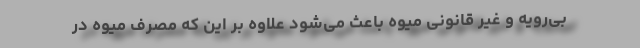
بی‌رویه و غیر قانونی میوه باعث می‌شود علاوه بر این که مصرف میوه در